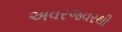
અવરજવરથી